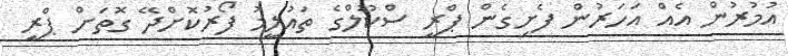
އުމުރުން އެއް އަހަރުން ފެށިގެން ޕްރީ ސްކޫލްގެ ތައުލީމު ފޯރުކޮށްދޭ ގޮތަށް ޕްރީ